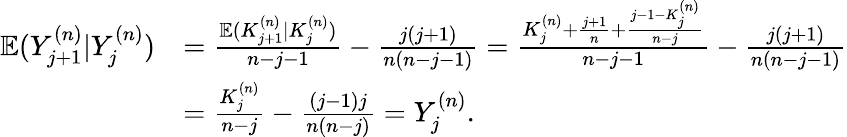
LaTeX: \begin{array}{rl}{\mathbb{E}(Y_{j+1}^{(n)}|Y_{j}^{(n)})}&{=\frac{\mathbb{E}(K_{j+1}^{(n)}|K_{j}^{(n)})}{n-j-1}-\frac{j(j+1)}{n(n-j-1)}=\frac{K_{j}^{(n)}+\frac{j+1}{n}+\frac{j-1-K_{j}^{(n)}}{n-j}}{n-j-1}-\frac{j(j+1)}{n(n-j-1)}}\\ &{=\frac{K_{j}^{(n)}}{n-j}-\frac{(j-1)j}{n(n-j)}=Y_{j}^{(n)}.}\end{array}